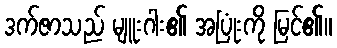
ဒက်ဇာသည် မျူးဂါး၏ အပြုံးကို မြင်၏။